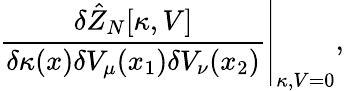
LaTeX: \left.\frac{\delta\hat{Z}_{N}[\kappa,V]}{\delta\kappa(x)\delta V_{\mu}(x_{1})\delta V_{\nu}(x_{2})}\right|_{\kappa,V=0},